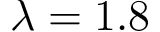
\lambda = 1 . 8